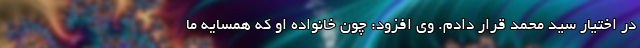
در اختیار سید محمد قرار دادم. وی افزود: چون خانواده او که همسایه ما